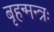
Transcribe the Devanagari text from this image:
बृहन्मन्त्रः